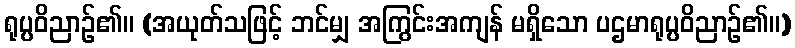
ရုပ္ပဝိညာဉ်၏။ (အယုတ်သဖြင့် ဘင်မျှ အကြွင်းအကျန် မရှိသော ပဌမာရုပ္ပဝိညာဉ်၏။)